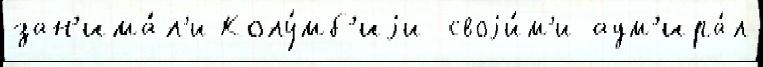
зан'има́л'и Колу́мб'иjи своjи́м'и адм'ира́л